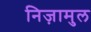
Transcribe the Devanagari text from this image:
निज़ामुल